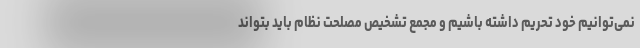
نمی‌توانیم خود تحریم داشته باشیم و مجمع تشخیص مصلحت نظام باید بتواند